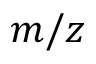
m / z